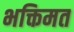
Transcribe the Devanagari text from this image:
भक्तिमत